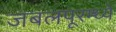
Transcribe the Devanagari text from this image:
जबलपूरम्ध्ये